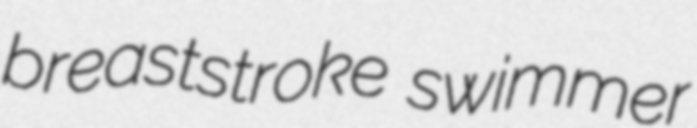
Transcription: breaststroke swimmer